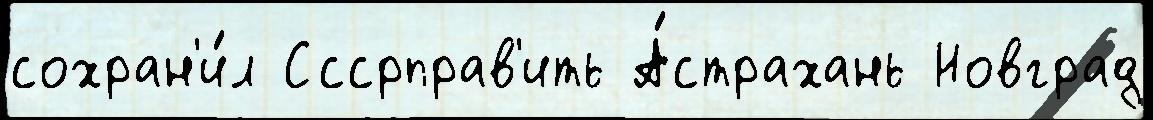
сохран'и́л Сссрправ'ить А́страхань Новград